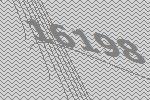
16198